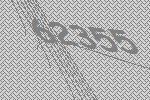
62355